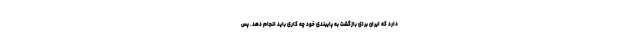
دارد که ایران برای بازگشت به پایبندی خود چه کاری باید انجام دهد. پس